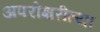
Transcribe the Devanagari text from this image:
अपरोक्षरीत्या